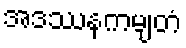
အဒဿနကမျတံ